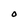
Character: O